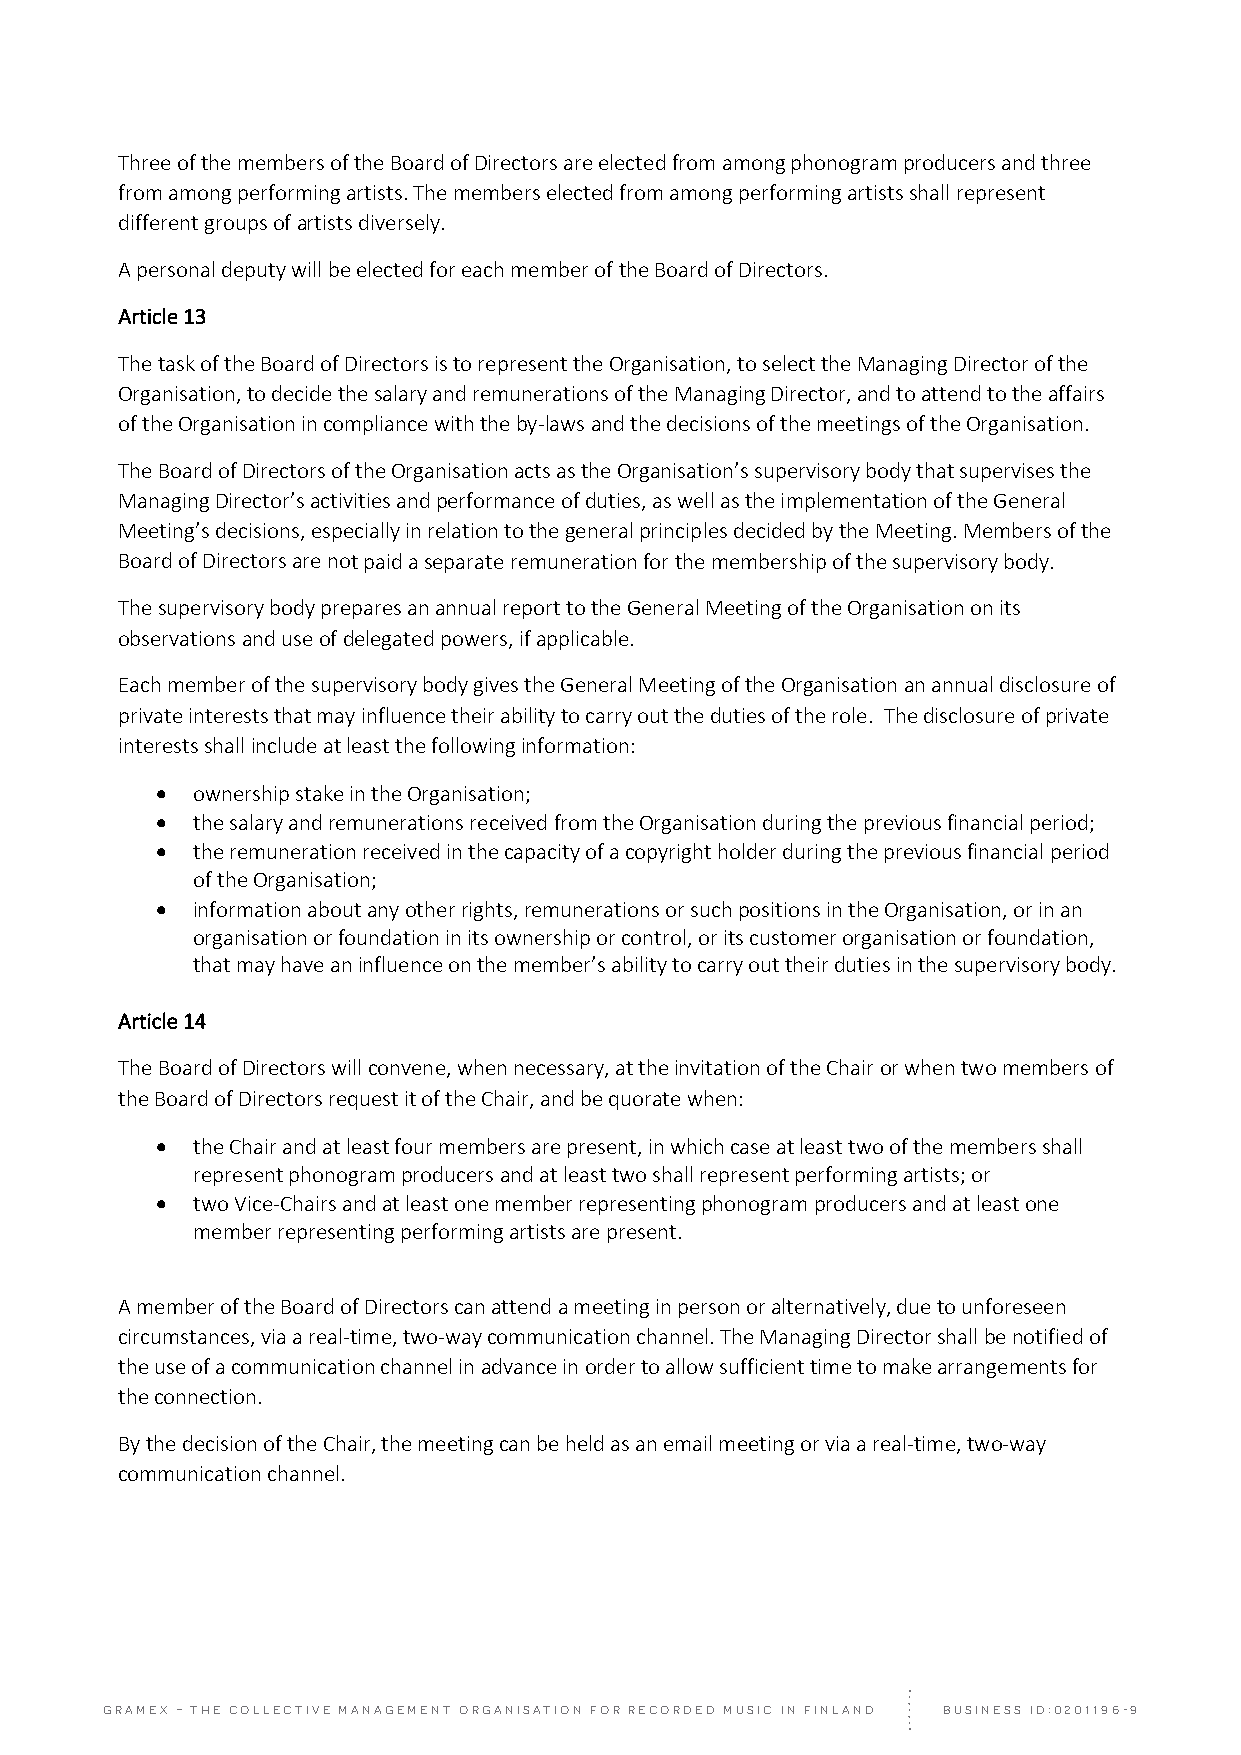
Three of the members of the Board of Directors are elected from among phonogram producers and three
 from among performing artists. The members elected from among performing artists shall represent
 different groups of artists diversely.
 A personal deputy will be elected for each member of the Board of Directors.
 Article 13
 The task of the Board of Directors is to represent the Organisation, to select the Managing Director of the
 Organisation, to decide the salary and remunerations of the Managing Director, and to attend to the affairs
 of the Organisation in compliance with the by‐laws and the decisions of the meetings of the Organisation.
 The Board of Directors of the Organisation acts as the Organisation’s supervisory body that supervises the
 Managing Director’s activities and performance of duties, as well as the implementation of the General
 Meeting’s decisions, especially in relation to the general principles decided by the Meeting. Members of the
 Board of Directors are not paid a separate remuneration for the membership of the supervisory body.
 The supervisory body prepares an annual report to the General Meeting of the Organisation on its
 observations and use of delegated powers, if applicable.
 Each member of the supervisory body gives the General Meeting of the Organisation an annual disclosure of
 private interests that may influence their ability to carry out the duties of the role. The disclosure of private
 interests shall include at least the following information:
   ownership stake in the Organisation;
   the salary and remunerations received from the Organisation during the previous financial period;
   the remuneration received in the capacity of a copyright holder during the previous financial period
 of the Organisation;
   information about any other rights, remunerations or such positions in the Organisation, or in an
 organisation or foundation in its ownership or control, or its customer organisation or foundation,
 that may have an influence on the member’s ability to carry out their duties in the supervisory body.
 Article 14
 The Board of Directors will convene, when necessary, at the invitation of the Chair or when two members of
 the Board of Directors request it of the Chair, and be quorate when:
   the Chair and at least four members are present, in which case at least two of the members shall
 represent phonogram producers and at least two shall represent performing artists; or
   two Vice‐Chairs and at least one member representing phonogram producers and at least one
 member representing performing artists are present.
 A member of the Board of Directors can attend a meeting in person or alternatively, due to unforeseen
 circumstances, via a real‐time, two‐way communication channel. The Managing Director shall be notified of
 the use of a communication channel in advance in order to allow sufficient time to make arrangements for
 the connection.
 By the decision of the Chair, the meeting can be held as an email meeting or via a real‐time, two‐way
 communication channel.
 GRAMEX – THE COLLECTIVE MANAGEMENT ORGANISATION FOR RECORDED MUSIC IN FINLAND BUSINESS ID:0201196-9